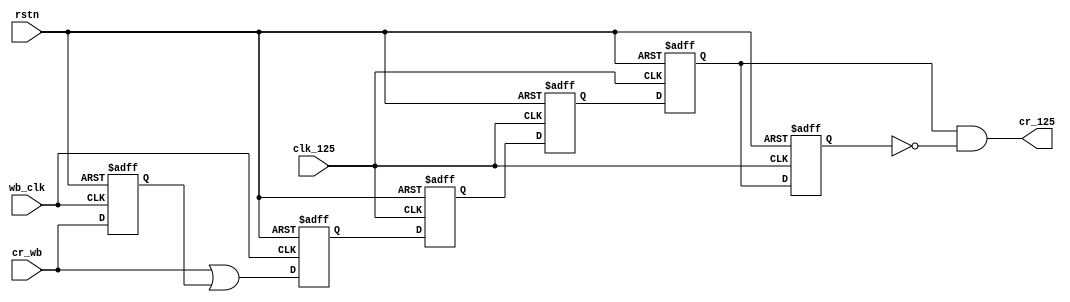
// $Id: wb_tlc_cr.v,v 1.1.1.1 2008/07/01 17:34:23 jfreed Exp $

module wb_tlc_cr (rstn, clk_125, wb_clk, 
               cr_wb, cr_125
);
                    
input clk_125;
input wb_clk;
input rstn;

input cr_wb;
output cr_125;

reg cr_wb_p;
reg cr_wb2;
reg cr_c1, cr_c2, cr_c2p, cr_c2p2 /*synthesis syn_preserve=1*/;


// pulse stretcher
always @(posedge wb_clk or negedge rstn)
begin
  if (~rstn)
  begin
    cr_wb_p <= 1'b0;
    cr_wb2 <= 1'b0;    
  end
  else
  begin
    cr_wb_p <= cr_wb;    
    cr_wb2 <= cr_wb | cr_wb_p;
  end
end

always @(posedge clk_125 or negedge rstn)
begin
  if (~rstn)
  begin  
    cr_c1 <= 1'b0;
    cr_c2 <= 1'b0;        
    cr_c2p <= 1'b0;        
    cr_c2p2 <= 1'b0;   
  end
  else
  begin
    cr_c1 <= cr_wb2;
    cr_c2 <= cr_c1;
    cr_c2p <= cr_c2;
    cr_c2p2 <= cr_c2p;    
  end

end
assign cr_125 = cr_c2p & ~cr_c2p2;


//always @(negedge clk_125 or negedge rstn)
//begin
//  if (~rstn)
//  begin  
//    cr_c2 <= 1'b0;    
//  end
//  else
//  begin
//    cr_c2 <= cr_c1;
//  end
//end

endmodule